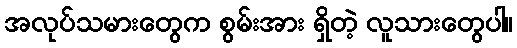
အလုပ်သမားတွေက စွမ်းအား ရှိတဲ့ လူသားတွေပါ။